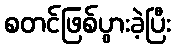
စတင်ဖြစ်ပွားခဲ့ပြီး